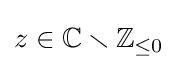
z\in \mathbb {C} \smallsetminus \mathbb {Z} _{\leq 0}